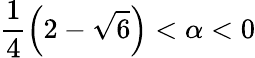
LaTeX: \frac{1}{4}\left(2-\sqrt{6}\right)<\alpha<0